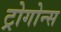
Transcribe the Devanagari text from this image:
ट्रोगोन्स